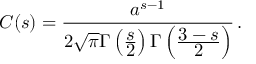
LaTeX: C ( s ) = \frac { a ^ { s - 1 } } { 2 \sqrt { \pi } \Gamma \left( \frac { \displaystyle s } { \displaystyle 2 } \right) \Gamma \left( \frac { \displaystyle 3 - s } { \displaystyle 2 } \right) } \, { . }